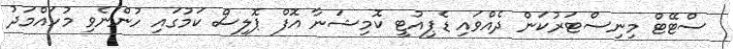
ސްޓޭޓް މިނިސްޓަރުކަން ދެއްވައިި ޑެޕިއުޓީ ކޮމިޝަނާ އޮފް ޕޮލިސް ކަމުގައި ހުންނެވި މުހައްމަދު